65_HS1-834228961_62-HQ-83894_Section_2
Agency: FBI
Page 29
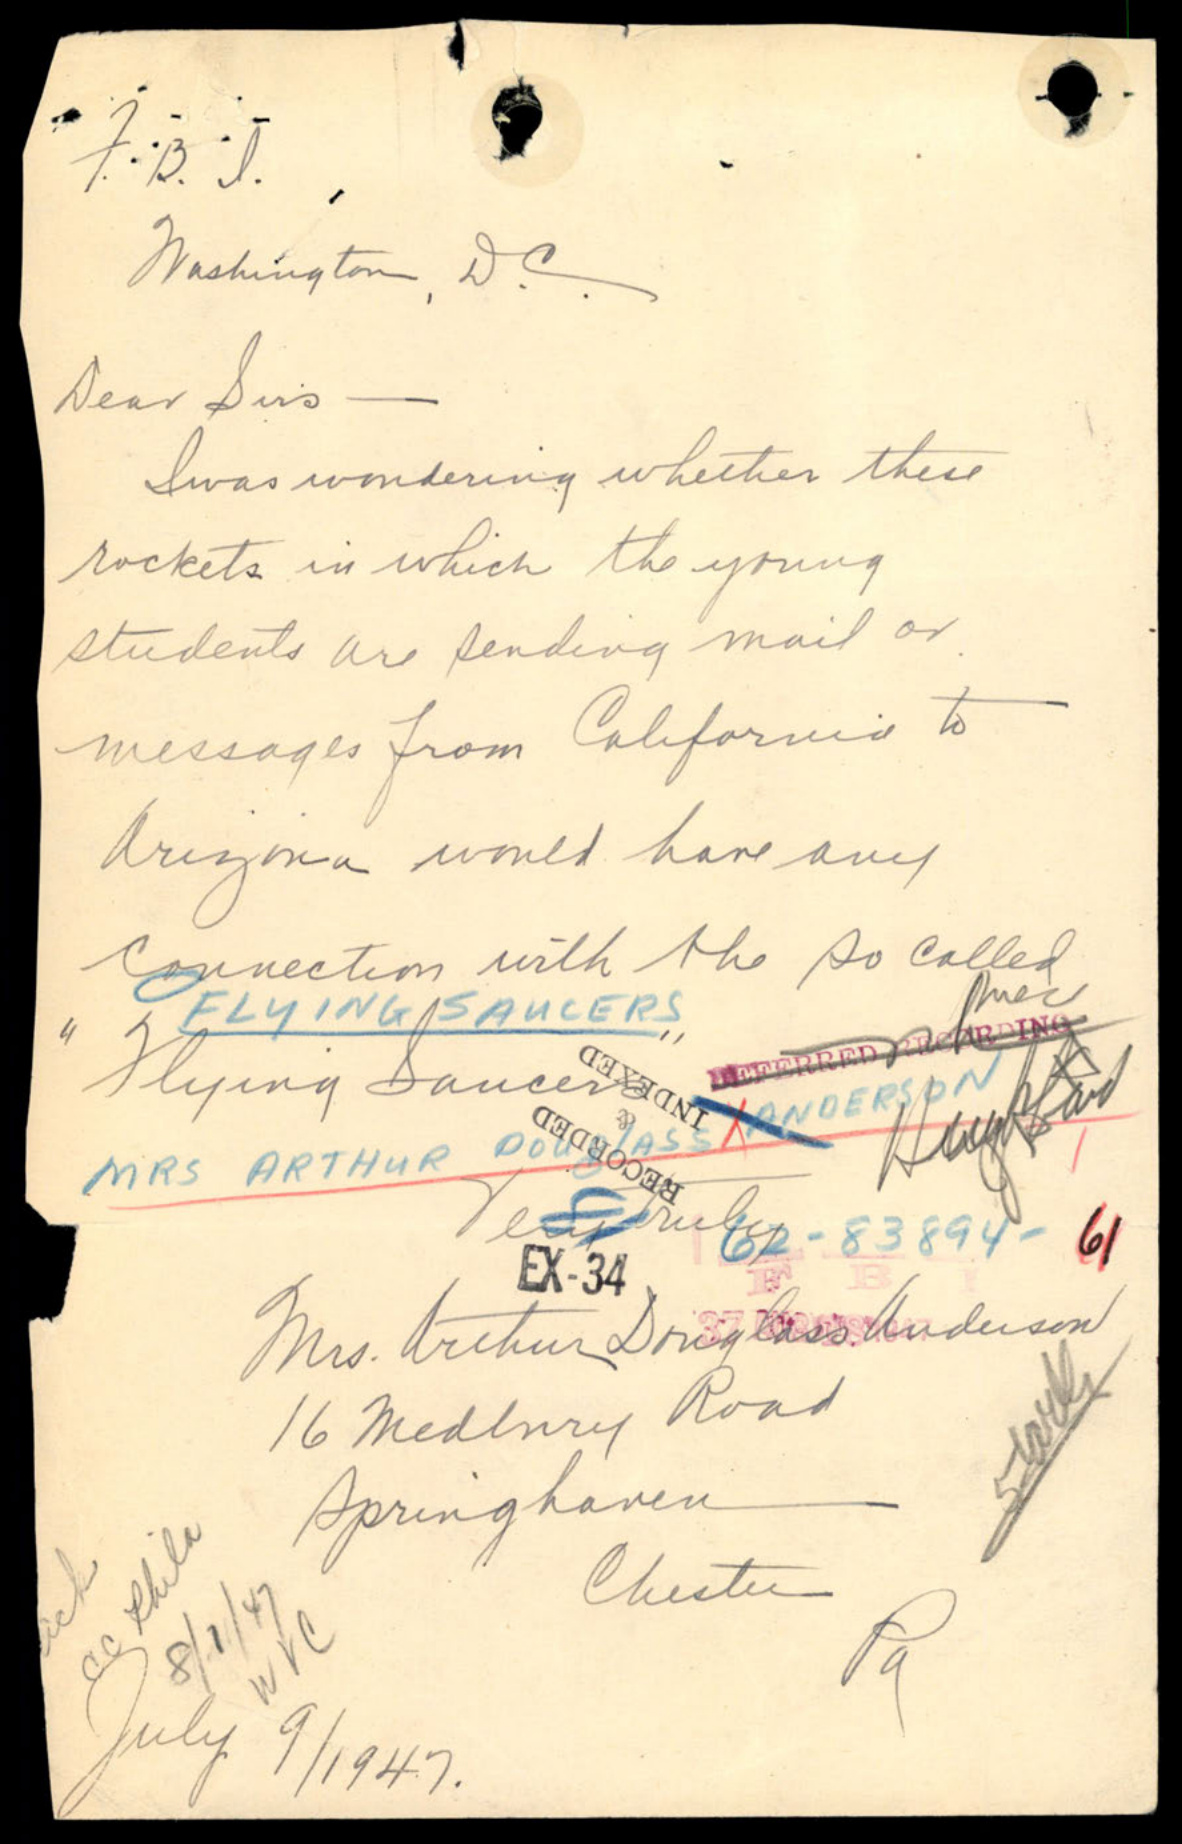